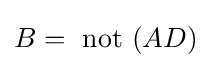
B={\text{ not }}(AD)